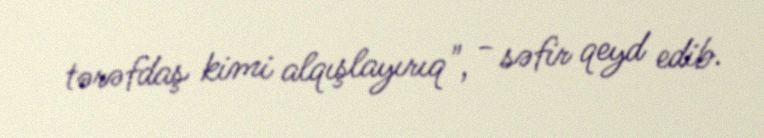
tərəfdaş kimi alqışlayırıq", - səfir qeyd edib.